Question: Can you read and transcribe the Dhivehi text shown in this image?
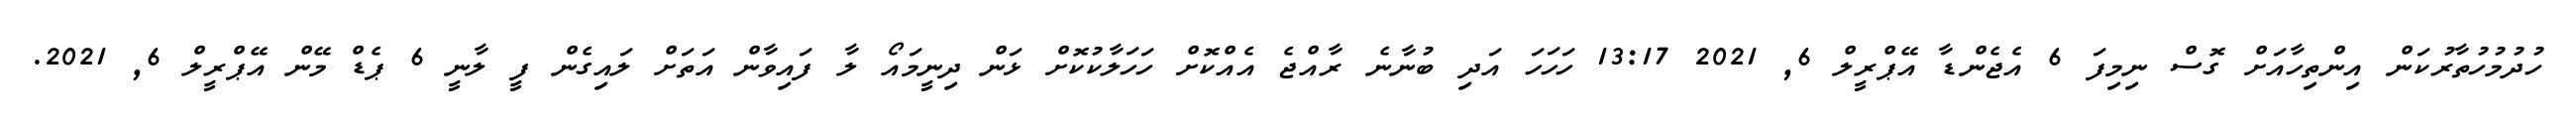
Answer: ހުދުމުހުތާރުކަން އިންތިހާއަށް ގޮސް ނިމިފަ 6 އެޖެންޑާ އޭޕްރީލް 6, 2021 13:17 ހަހަހަ އަދި ބުނާނެ ރާއްޖެ އެއްކޮށް ހަހަލާކުކޮށް ޅަން ދިނީމައޯ ލާ ފައިވާން އަތަށް ލައިގެން ފީ ލާނީ 6 ޕެޑް މޭން އޭޕްރީލް 6, 2021.